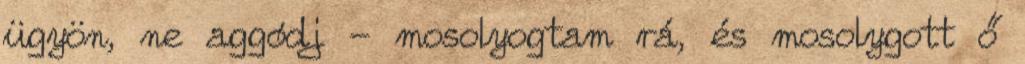
ügyön, ne aggódj - mosolyogtam rá, és mosolygott ő